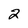
Character: 2